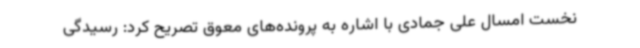
نخست امسال علی جمادی با اشاره به پرونده‌های معوق تصریح کرد: رسیدگی